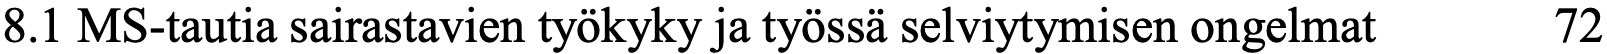
8.1 MS-tautia sairastavien työkyky ja työssä selviytymisen ongelmat 72